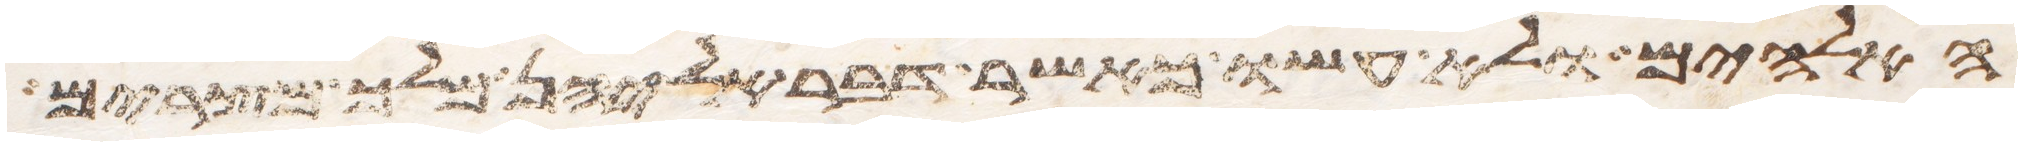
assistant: האלהים ולא עשו כאשר דבר אליהן מלך מצרים